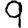
Digit: 9